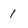
Character: 1